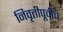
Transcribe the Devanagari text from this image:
निवृत्तीपूर्वीच